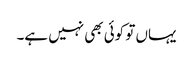
یہاں تو کوئی بھی نہیں ہے۔